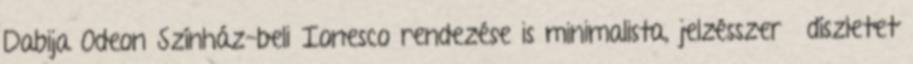
Dabija Odeon Színház-beli Ionesco rendezése is minimalista, jelzésszerű díszletet